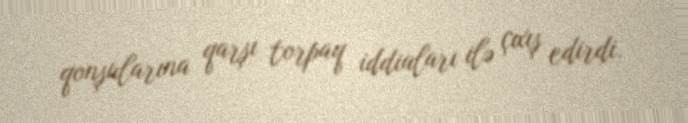
qonşularına qarşı torpaq iddiaları ilə çıxış edirdi.